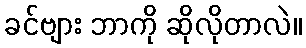
ခင်ဗျား ဘာကို ဆိုလိုတာလဲ။